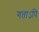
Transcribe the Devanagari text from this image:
गताऽपि